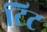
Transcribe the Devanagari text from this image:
टिट